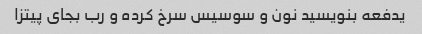
یدفعه بنویسید نون و سوسیس سرخ کرده و رب بجای پیتزا